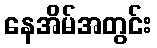
နေအိမ်အတွင်း